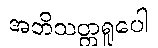
အဘိသတ္တရူပေါ